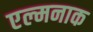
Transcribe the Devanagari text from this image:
एल्मनाक